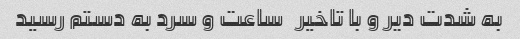
به شدت دیر و با تاخیر   ساعت و سرد به دستم رسید